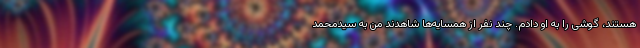
هستند، گوشی را به او دادم. چند نفر از همسایه‌ها شاهدند من به سیدمحمد